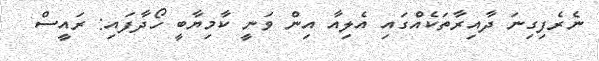
ނެރެފިގިނަ ދާއިރާތަކެއްގައި އެލިއާ އިން ވަނީ ކާމިޔާބީ ހޯދާފައި: ރައީސް